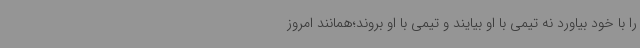
را با خود بیاورد نه تیمی با او بیایند و تیمی با او بروند؛همانند امروز